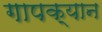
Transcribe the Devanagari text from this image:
गापक्यान